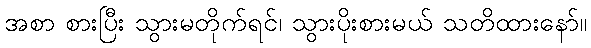
အစာ စားပြီး သွားမတိုက်ရင်၊ သွားပိုးစားမယ် သတိထားနော်။